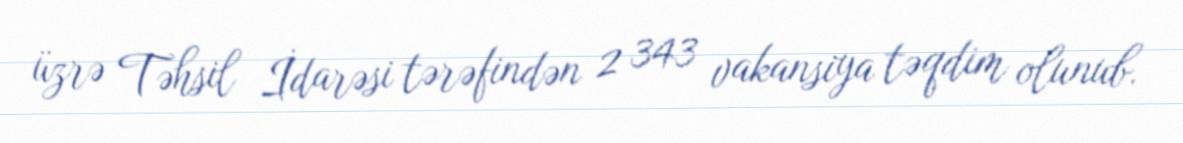
üzrə Təhsil İdarəsi tərəfindən 2 343 vakansiya təqdim olunub.